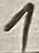
Text: 1